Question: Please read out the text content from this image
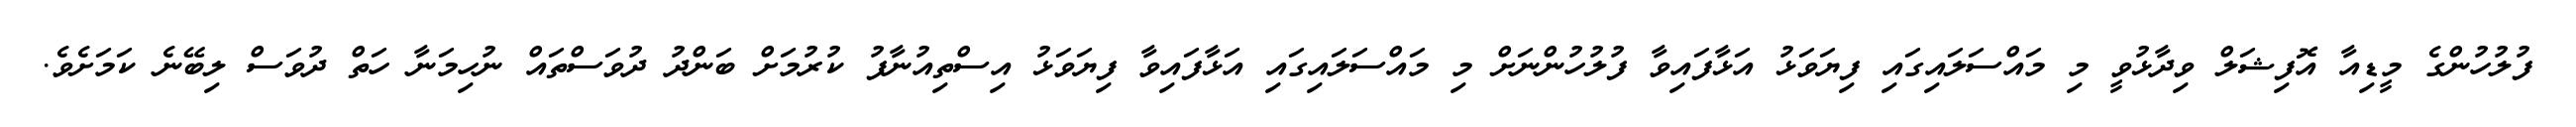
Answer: ފުލުހުންގެ މީޑިއާ އޮފިޝަލް ވިދާޅުވީ މި މައްސަލައިގައި ފިޔަވަޅު އަޅާފައިވާ ފުލުހުންނަށް މި މައްސަލައިގައި އަޅާފައިވާ ފިޔަވަޅު އިސްތިއުނާފު ކުރުމަށް ބަންދު ދުވަސްތައް ނުހިމަނާ ހަތް ދުވަސް ލިބޭނެ ކަމަށެވެ.